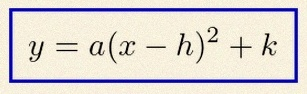
y=a(x-h)^2+k